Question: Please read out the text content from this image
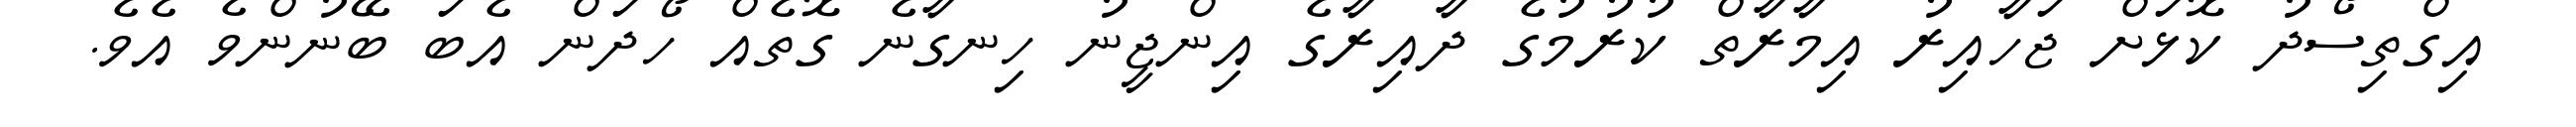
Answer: އިގްތިސޯދު ކޮޅަށް ޖަހާއިރު އިމާރާތް ކުރުމުގެ ދާއިރާގެ އިންޖީނު ހިނގާނެ ގޮތެއް ހޯދަން އެބަ ބޭނުންވެ އެވެ.